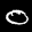
Label: 0